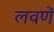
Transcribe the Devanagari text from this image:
लवणें